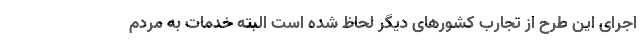
اجرای این طرح از تجارب کشورهای دیگر لحاظ شده است البته خدمات به مردم